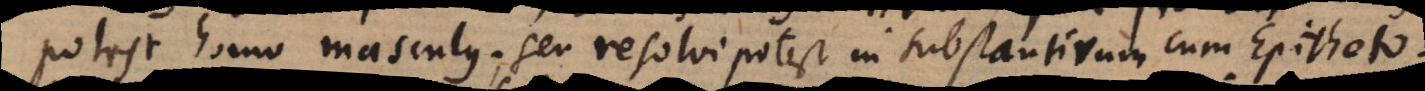
potest homo masculus; seu resolvi potest in substantivum cum Epitheto.